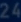
24